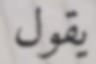
يقول